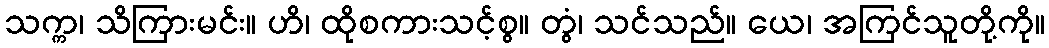
သက္က၊ သိကြားမင်း။ ဟိ၊ ထိုစကားသင့်စွ။ တွံ၊ သင်သည်။ ယေ၊ အကြင်သူတို့ကို။